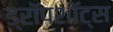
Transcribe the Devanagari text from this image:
ड्रॉपशॉट्स